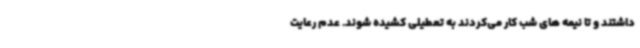
داشتند و تا نیمه های شب کار می‌کردند به تعطیلی کشیده شوند. عدم رعایت